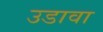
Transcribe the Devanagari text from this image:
उडावा